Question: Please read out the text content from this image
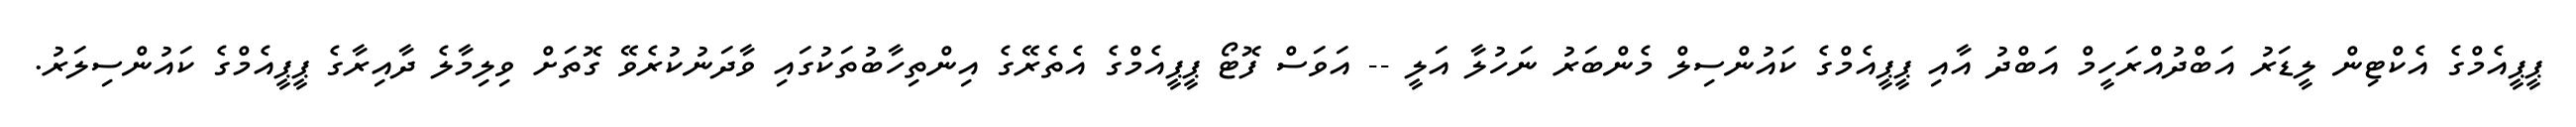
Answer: ޕީޕީއެމްގެ އެކްޓިން ލީޑަރު އަބްދުއްރަހީމް އަބްދު އާއި ޕީޕީއެމްގެ ކައުންސިލް މެންބަރު ނަހުލާ އަލީ -- އަވަސް ފޮޓޯ ޕީޕީއެމްގެ އެތެރޭގެ އިންތިހާބުތަކުގައި ވާދަނުކުރެވޭ ގޮތަށް ވިލިމާލެ ދާއިރާގެ ޕީޕީއެމްގެ ކައުންސިލަރު.